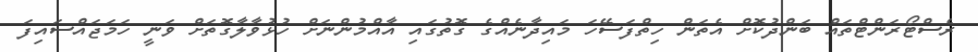
ރެސްޓޯރަންޓްތައް ބަންދުކޮށް އެތަން ހިތްފަސޭހަ މައިދާނެއްގެ ގޮތުގައި އާއްމުންނަށް ހުޅުވާލާގޮތަށް ވަނީ ހަމަޖައްސައިފަ